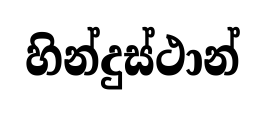
හින්දුස්ථාන්